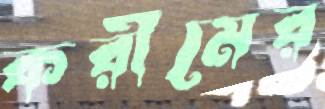
করীমের